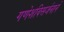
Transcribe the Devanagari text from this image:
गणेशविसर्जनाने